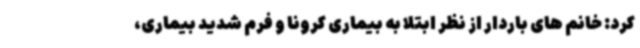
کرد: خانم های باردار از نظر ابتلا به بیماری کرونا و فرم شدید بیماری،